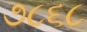
૭૮૬૮